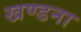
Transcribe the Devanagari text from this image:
खण्डना